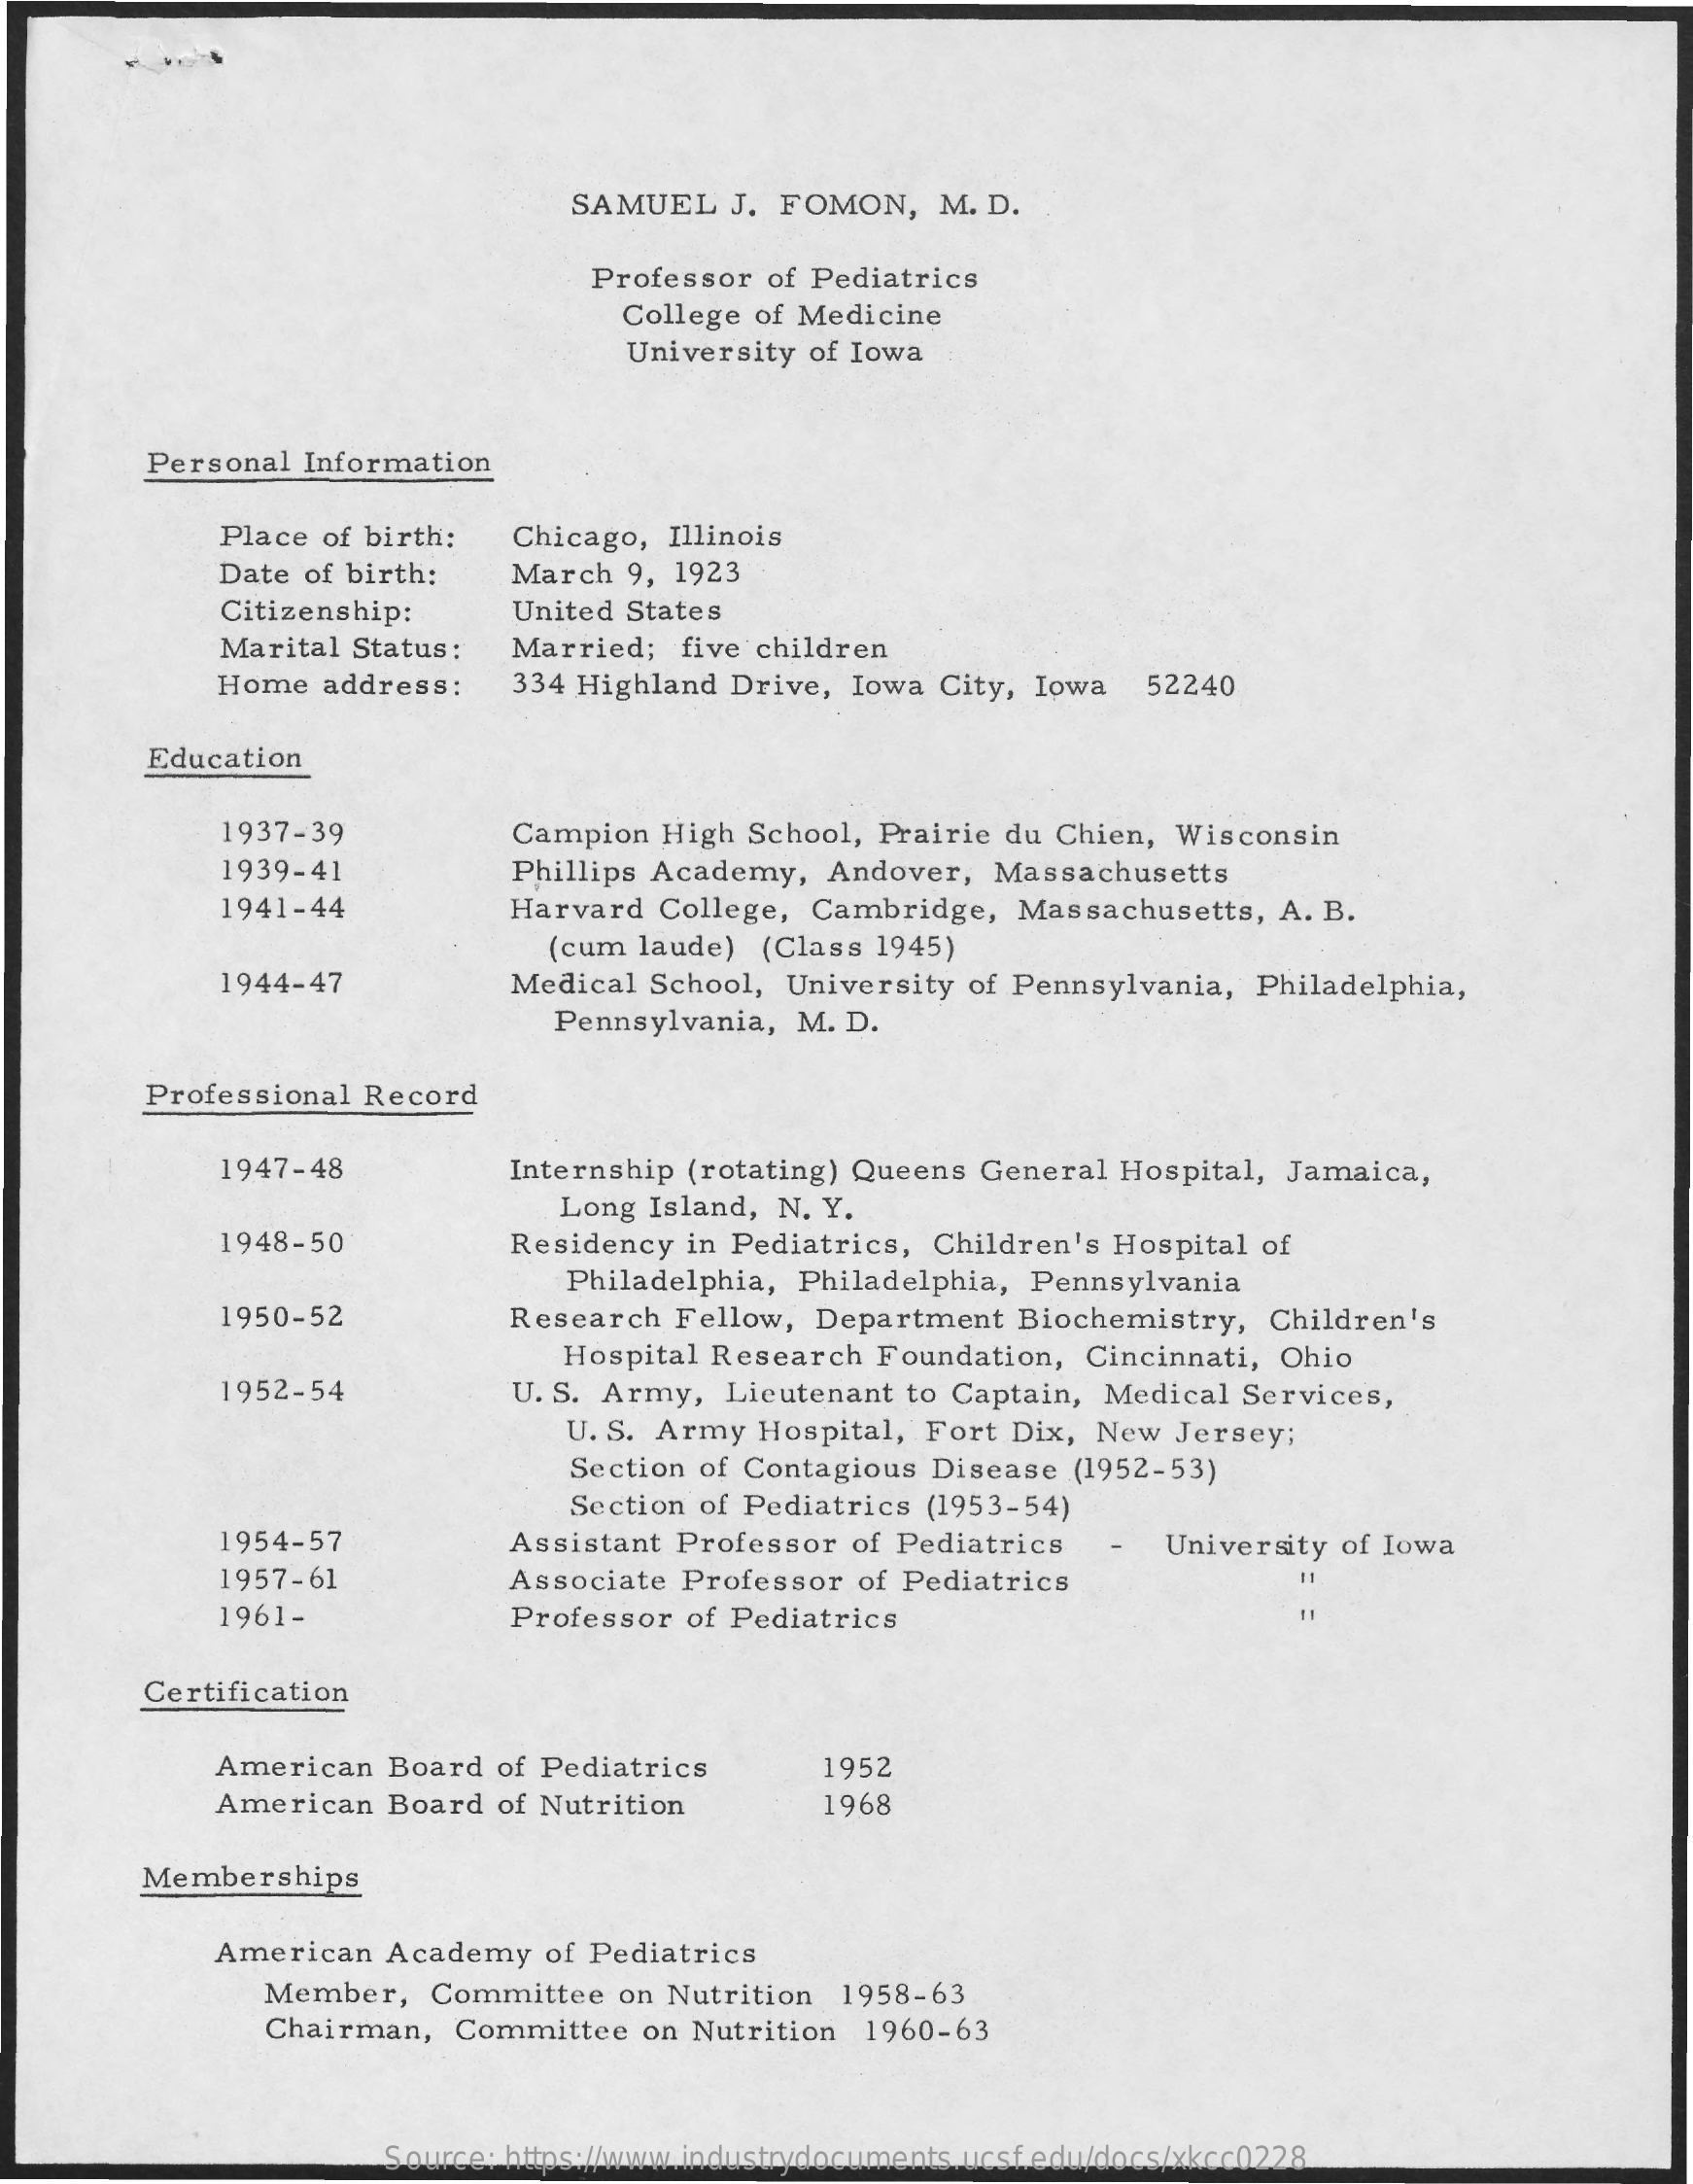
SAMUEL    J. FOMON,    M. D.
     Professor  of Pediatrics
     College of Medicine
     University  of Iowa
     Personal  Information
     Place  of birth:   Chicago,  Illinois
     Date  of birth:    March  9, 1923
     Citizenship:    United States
     Marital  Status:   Married;   five children
     Home   address:    334 Highland  Drive,  Iowa City, Iowa    52240
     Education
     1937-39    Campion  High  School, Prairie du Chien,  Wisconsin
     1939-41    Phillips Academy,   Andover,   Massachusetts
     1941-44    Harvard  College,  Cambridge,   Massachusetts,   A. B.
     (cum  laude)  (Class 1945)
     1944-47    Medical  School, University  of Pennsylvania,  Philadelphia,
     Pennsylvania,  M. D.
     Professional Record
     1947-48    Internship (rotating) Queens  General  Hospital, Jamaica,
     Long  Island, N. Y.
     1948-50    Residency  in Pediatrics,  Children's Hospital  of
     Philadelphia, Philadelphia,  Pennsylvania
     1950-52    Research  Fellow,  Department   Biochemistry,   Children's
     Hospital Research  Foundation,  Cincinnati,  Ohio
     1952-54    U. S. Army,  Lieutenant  to Captain,  Medical Services,
     U. S. Army Hospital,  Fort  Dix, New  Jersey;
     Section of Contagious  Disease  (1952-53)
     Section of Pediatrics (1953-54)
     1954-57    Assistant Professor   of Pediatrics    University of Iowa
     1957-61    Associate  Professor  of Pediatrics    11
     1961-    Professor  of Pediatrics
     Certification
     American   Board  of Pediatrics    1952
     American   Board  of Nutrition    1968
     Memberships
     American   Academy   of Pediatrics
     Member,    Committee   on Nutrition  1958-63
     Chairman,   Committee   on Nutrition   1960-63
     Source: https://www.industrydocuments.ucsf.edu/docs/xkcc0228